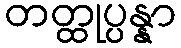
တတ္ထုပ္ပန္နာ